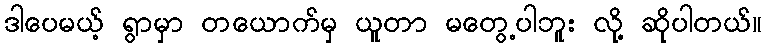
ဒါပေမယ့် ရွာမှာ တယောက်မှ ယူတာ မတွေ့ပါဘူး လို့ ဆိုပါတယ်။